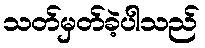
သတ်မှတ်ခဲ့ပါသည်